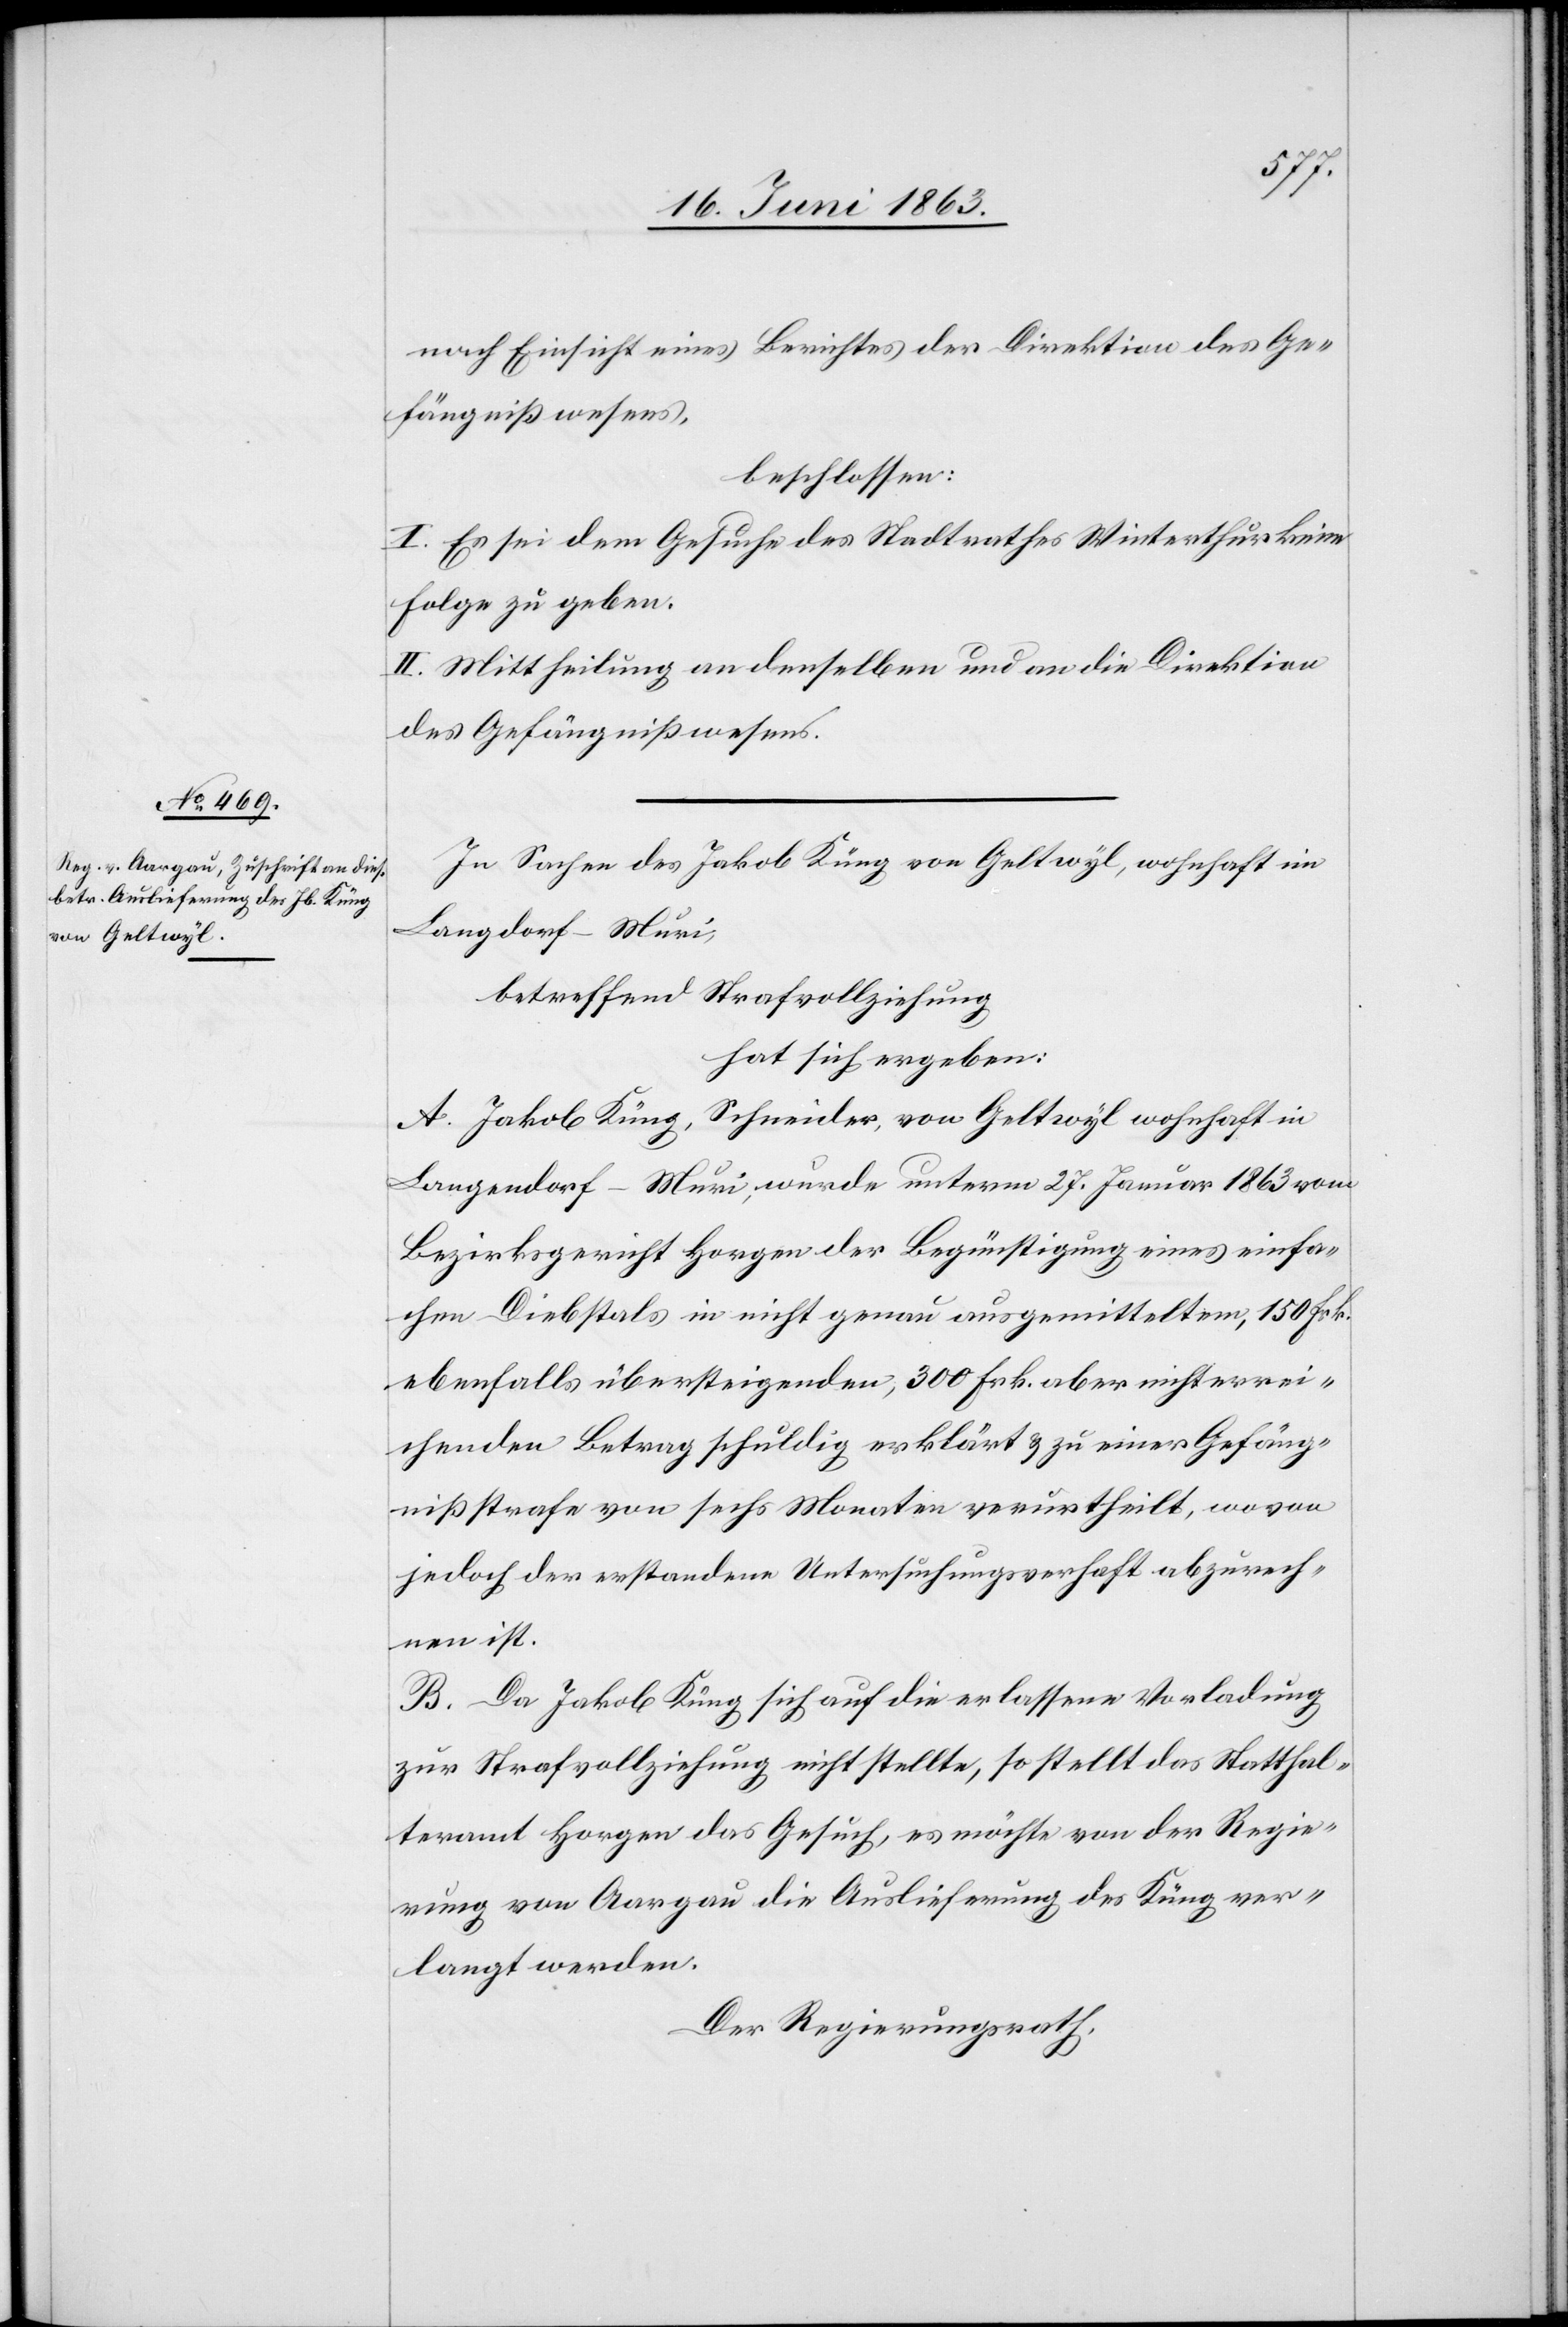
nach Einsicht eines Berichtes der Direktion des Ge¬
fängnißwesens,
beschlossen:
I. Es sei dem Gesuche des Stadtrathes Winterthur keine
Folge zu geben.
II. Mittheilung an denselben und an die Direktion
des Gefängnißwesens.
In Sachen des Jakob Küng von Geltwyl, wohnhaft im
Langdorf – Muri,
betreffend Strafvollziehung
hat sich ergeben:
A. Jakob Küng, Schneider von Geltwyl wohnhaft in
Langendorf [sic!] – Muri, wurde unterm 27. Januar 1863 vom
Bezirksgericht Horgen der Begünstigung eines einfa¬
chen Diebstals in nicht genau ausgemittelten, 150 Frk.
ebenfalls übersteigenden, 300 Frk. aber nicht errei¬
chenden Betrag schuldig erklärt & zu einer Gefäng¬
nißstrafe von sechs Monaten verurtheilt, wovon
jedoch der erstandene Untersuchungsverhaft abzurech¬
nen ist.
B. Da Jakob Küng sich auf die erlassene Vorladung
zur Strafvollziehung nicht stellte, so stellt das Statthal¬
teramt Horgen das Gesuch, es möchte von der Regie¬
rung von Aargau die Auslieferung des Küng ver¬
langt werden.
Der Regierungsrath,